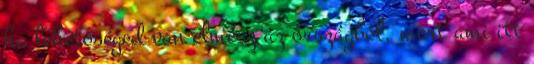
ha lehetőséged van elmész az országból, mert ami itt